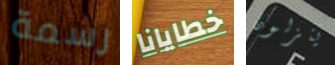
رسمة خطايانا ينزلون